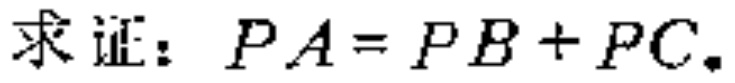
求证：\(PA = PB + PC\)。